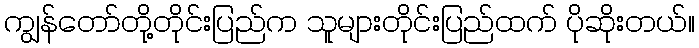
ကျွန်တော်တို့တိုင်းပြည်က သူများတိုင်းပြည်ထက် ပိုဆိုးတယ်။